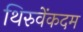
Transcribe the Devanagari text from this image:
थिरुवेंकदम